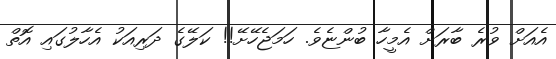
އެއަށް ވުރެ ބާރަށް އެމީހާ ބުންޏެވެ. ހަމަޖެހޭށޭ!! ކަލޭގެ ދަރިއަކު އެހާލުގައި އޮތް